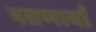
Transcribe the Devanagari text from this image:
नसणार्या